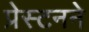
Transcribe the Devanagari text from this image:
प्रेस्टनने